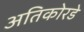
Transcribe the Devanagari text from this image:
अतिकोरडे